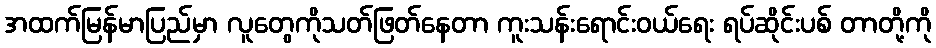
အထက်မြန်မာပြည်မှာ လူတွေကိုသတ်ဖြတ်နေတာ ကူးသန်းရောင်းဝယ်ရေး ရပ်ဆိုင်းပစ် တာတို့ကို